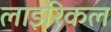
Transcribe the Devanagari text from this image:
लाइरिकल